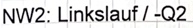
Text: NW2: Linkslauf / -Q2